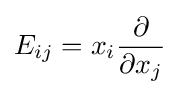
E_{ij}=x_{i}{\frac {\partial }{\partial x_{j}}}